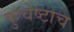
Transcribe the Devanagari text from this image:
कुचेष्टाच